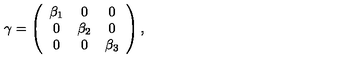
\gamma = \left( \begin{array} { c c c } { \beta _ { 1 } } & { 0 } & { 0 } \\ { 0 } & { \beta _ { 2 } } & { 0 } \\ { 0 } & { 0 } & { \beta _ { 3 } } \\ \end{array} \right) ,